Mental hospitals Bombay report 1929-33 - 1929-1933
Year: 1929
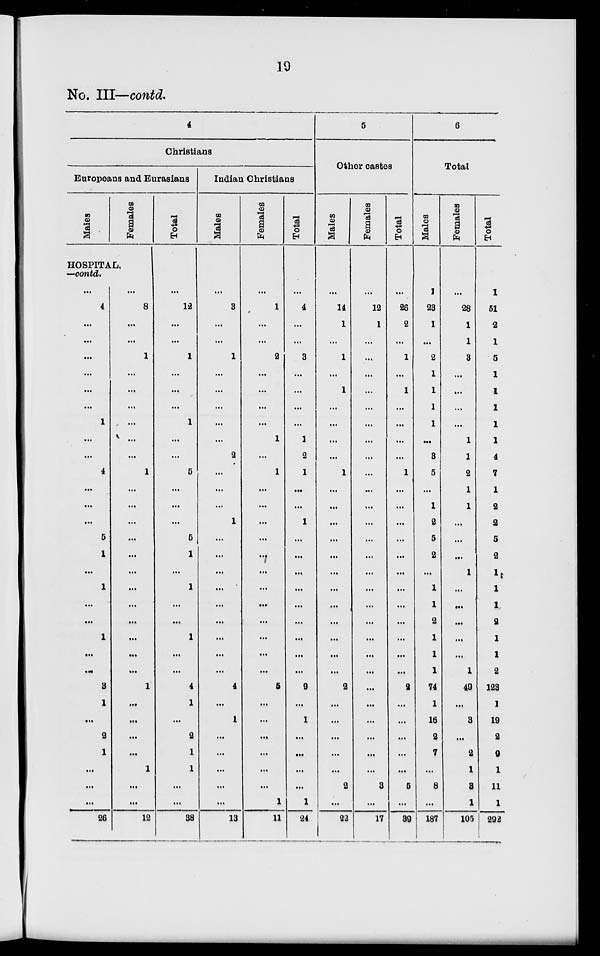
19
No. III—contd.
4
Christians
Europeans and Eurasians
Males
Females
HOSPITAL,
—contd.
...
4
...
...
...
...
...
...
1
...
...
4
...
...
...
5
1
...
1
...
...
1
...
...
3
1
...
2
1
...
...
...
26
...
8
...
...
1
...
...
...
...
...
...
1
...
...
...
...
...
...
...
...
...
...
...
...
1
...
...
...
...
1
...
...
12
Total
...
12
...
...
1
...
...
...
1
...
...
5
...
...
...
5
1
...
1
...
...
1
...
...
4
1
...
2
1
1
...
...
38
Indian Christians
Males
...
3
...
...
1
...
...
...
...
...
2
...
...
...
1
...
...
...
...
...
...
...
...
...
4
...
1
...
...
...
...
...
13
Females
...
1
...
...
2
...
...
...
...
1
...
1
...
...
...
...
...
...
...
...
...
...
...
...
5
...
...
...
...
...
...
1
11
Total
...
4
...
...
3
...
...
...
...
1
2
1
...
...
1
...
...
...
...
...
...
...
...
...
9
...
1
...
...
...
...
1
24
5
Other castes
Males
...
14
1
...
1
...
1
...
...
...
...
1
...
...
...
...
...
...
...
...
...
...
...
...
2
...
...
...
...
...
2
...
22
Females
...
12
1
...
...
...
...
...
...
...
...
...
...
...
...
...
...
...
...
...
...
...
...
...
...
...
...
...
...
...
3
...
17
Total
...
26
2
...
1
...
1
...
...
...
...
1
...
...
...
...
...
...
...
...
...
...
...
...
2
...
...
...
...
...
5
...
39
6
Total
Males
1
23
1
...
2
1
1
1
1
...
3
5
...
1
2
5
2
...
1
1
2
1
1
1
74
1
16
2
7
...
8
...
187
Females
...
28
1
1
3
...
...
...
...
1
1
2
1
1
...
...
...
1
...
...
...
...
...
1
49
...
3
...
2
1
3
1
105
Total
1
51
2
1
5
1
1
1
1
1
4
7
1
2
2
5
2
1
1
1
2
1
1
2
123
1
19
2
9
1
11
1
292